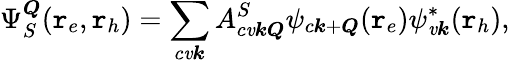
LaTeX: \Psi_{S}^{\boldsymbol{Q}}(\boldsymbol{\mathtt{r}}_{e},\boldsymbol{\mathtt{r}}_{h})=\sum_{c\mathit{v}\boldsymbol{k}}A_{c\mathit{v}\boldsymbol{k}\boldsymbol{Q}}^{S}\psi_{c\boldsymbol{k}+\boldsymbol{Q}}(\boldsymbol{\mathtt{r}}_{e})\psi_{\mathit{v}\boldsymbol{k}}^{*}(\boldsymbol{\mathtt{r}}_{h}),